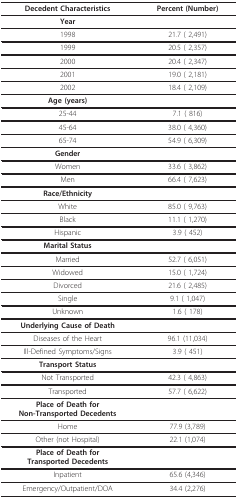
<table><thead><tr><td><b>Decedent Characteristics</b></td><td><b>Percent (Number)</b></td></tr></thead><tbody><tr><td><b>Year</b></td><td>[EMPTY_CELL]</td></tr><tr><td>1998</td><td>21.7 ( 2,491)</td></tr><tr><td>1999</td><td>20.5 ( 2,357)</td></tr><tr><td>2000</td><td>20.4 ( 2,347)</td></tr><tr><td>2001</td><td>19.0 ( 2,181)</td></tr><tr><td>2002</td><td>18.4 ( 2,109)</td></tr><tr><td><b>Age (years)</b></td><td>[EMPTY_CELL]</td></tr><tr><td>25-44</td><td>7.1 ( 816)</td></tr><tr><td>45-64</td><td>38.0 ( 4,360)</td></tr><tr><td>65-74</td><td>54.9 ( 6,309)</td></tr><tr><td><b>Gender</b></td><td>[EMPTY_CELL]</td></tr><tr><td>Women</td><td>33.6 ( 3,862)</td></tr><tr><td>Men</td><td>66.4 ( 7,623)</td></tr><tr><td><b>Race/Ethnicity</b></td><td>[EMPTY_CELL]</td></tr><tr><td>White</td><td>85.0 ( 9,763)</td></tr><tr><td>Black</td><td>11.1 ( 1,270)</td></tr><tr><td>Hispanic</td><td>3.9 ( 452)</td></tr><tr><td><b>Marital Status</b></td><td>[EMPTY_CELL]</td></tr><tr><td>Married</td><td>52.7 ( 6,051)</td></tr><tr><td>Widowed</td><td>15.0 ( 1,724)</td></tr><tr><td>Divorced</td><td>21.6 ( 2,485)</td></tr><tr><td>Single</td><td>9.1 ( 1,047)</td></tr><tr><td>Unknown</td><td>1.6 ( 178)</td></tr><tr><td><b>Underlying Cause of Death</b></td><td>[EMPTY_CELL]</td></tr><tr><td>Diseases of the Heart</td><td>96.1 (11,034)</td></tr><tr><td>Ill-Defined Symptoms/Signs</td><td>3.9 ( 451)</td></tr><tr><td><b>Transport Status</b></td><td>[EMPTY_CELL]</td></tr><tr><td>Not Transported</td><td>42.3 ( 4,863)</td></tr><tr><td>Transported</td><td>57.7 ( 6,622)</td></tr><tr><td><b>Place of Death for</b><b>Non-Transported Decedents</b></td><td>[EMPTY_CELL]</td></tr><tr><td>Home</td><td>77.9 (3,789)</td></tr><tr><td>Other (not Hospital)</td><td>22.1 (1,074)</td></tr><tr><td><b>Place of Death for</b><b>Transported Decedents</b></td><td>[EMPTY_CELL]</td></tr><tr><td>Inpatient</td><td>65.6 (4,346)</td></tr><tr><td>Emergency/Outpatient/DOA</td><td>34.4 (2,276)</td></tr></tbody></table>